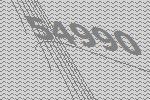
54990